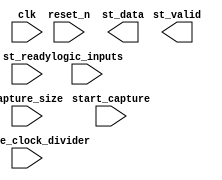
module capture(
	       input 		 reset_n,
	       input 		 clk,
	       //avalon-st interface, source
	       output reg [31:0] st_data,
	       output reg 	 st_valid,
	       input 		 st_ready,
	       //logic analyzer inputs
	       input [31:0] 	 logic_inputs,
	       //control signals
	       input 		 start_capture,
	       input [31:0] 	 capture_size,
	       input [7:0] 	 capture_clock_divider,
	       );

   
   
endmodule